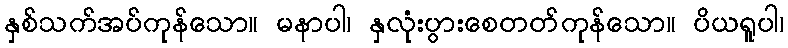
နှစ်သက်အပ်ကုန်သော။ မနာပါ၊ နှလုံးပွားစေတတ်ကုန်သော။ ပိယရူပါ၊